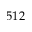
5 1 2